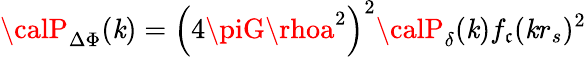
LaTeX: {\calP}_{\Delta\Phi}(\mathit{k})=\left(4\piG\rhoa^{2}\right)^{2}{\calP}_{\delta}(\mathit{k})f_{\mathfrak{c}}(\mathit{k}r_{s})^{2}